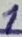
Text: 1